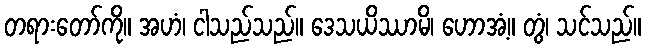
တရားတော်ကို။ အဟံ၊ ငါသည်သည်။ ဒေသယိဿာမိ၊ ဟောအံ့။ တွံ၊ သင်သည်။